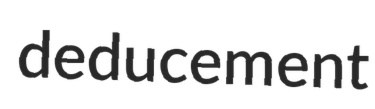
deducement